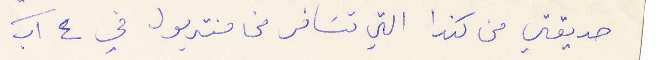
صديقتي من كندا التي تسافر من منتربول في ٤ آب